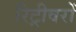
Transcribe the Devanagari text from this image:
रिट्रीवरों